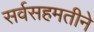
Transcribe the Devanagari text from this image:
सर्वसहमतीने